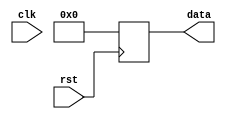
module synchronous_reset (
    input wire rst,
    input wire clk,
    output reg [7:0] data
);

always @ (posedge rst) begin
    if (rst) begin
        data <= 8'b00000000;
    end
end

endmodule